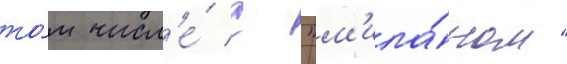
то́м числ'е́ с "м'ила́ном"